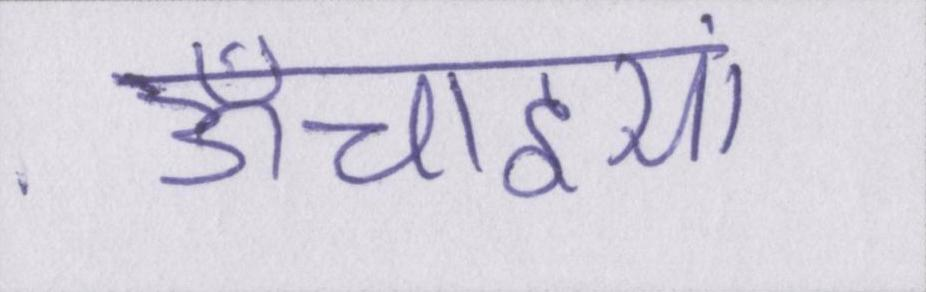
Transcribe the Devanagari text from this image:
ऊँचाइयां